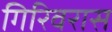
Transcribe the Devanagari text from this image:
गिरिवरास